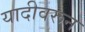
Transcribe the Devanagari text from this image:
यादीवरून